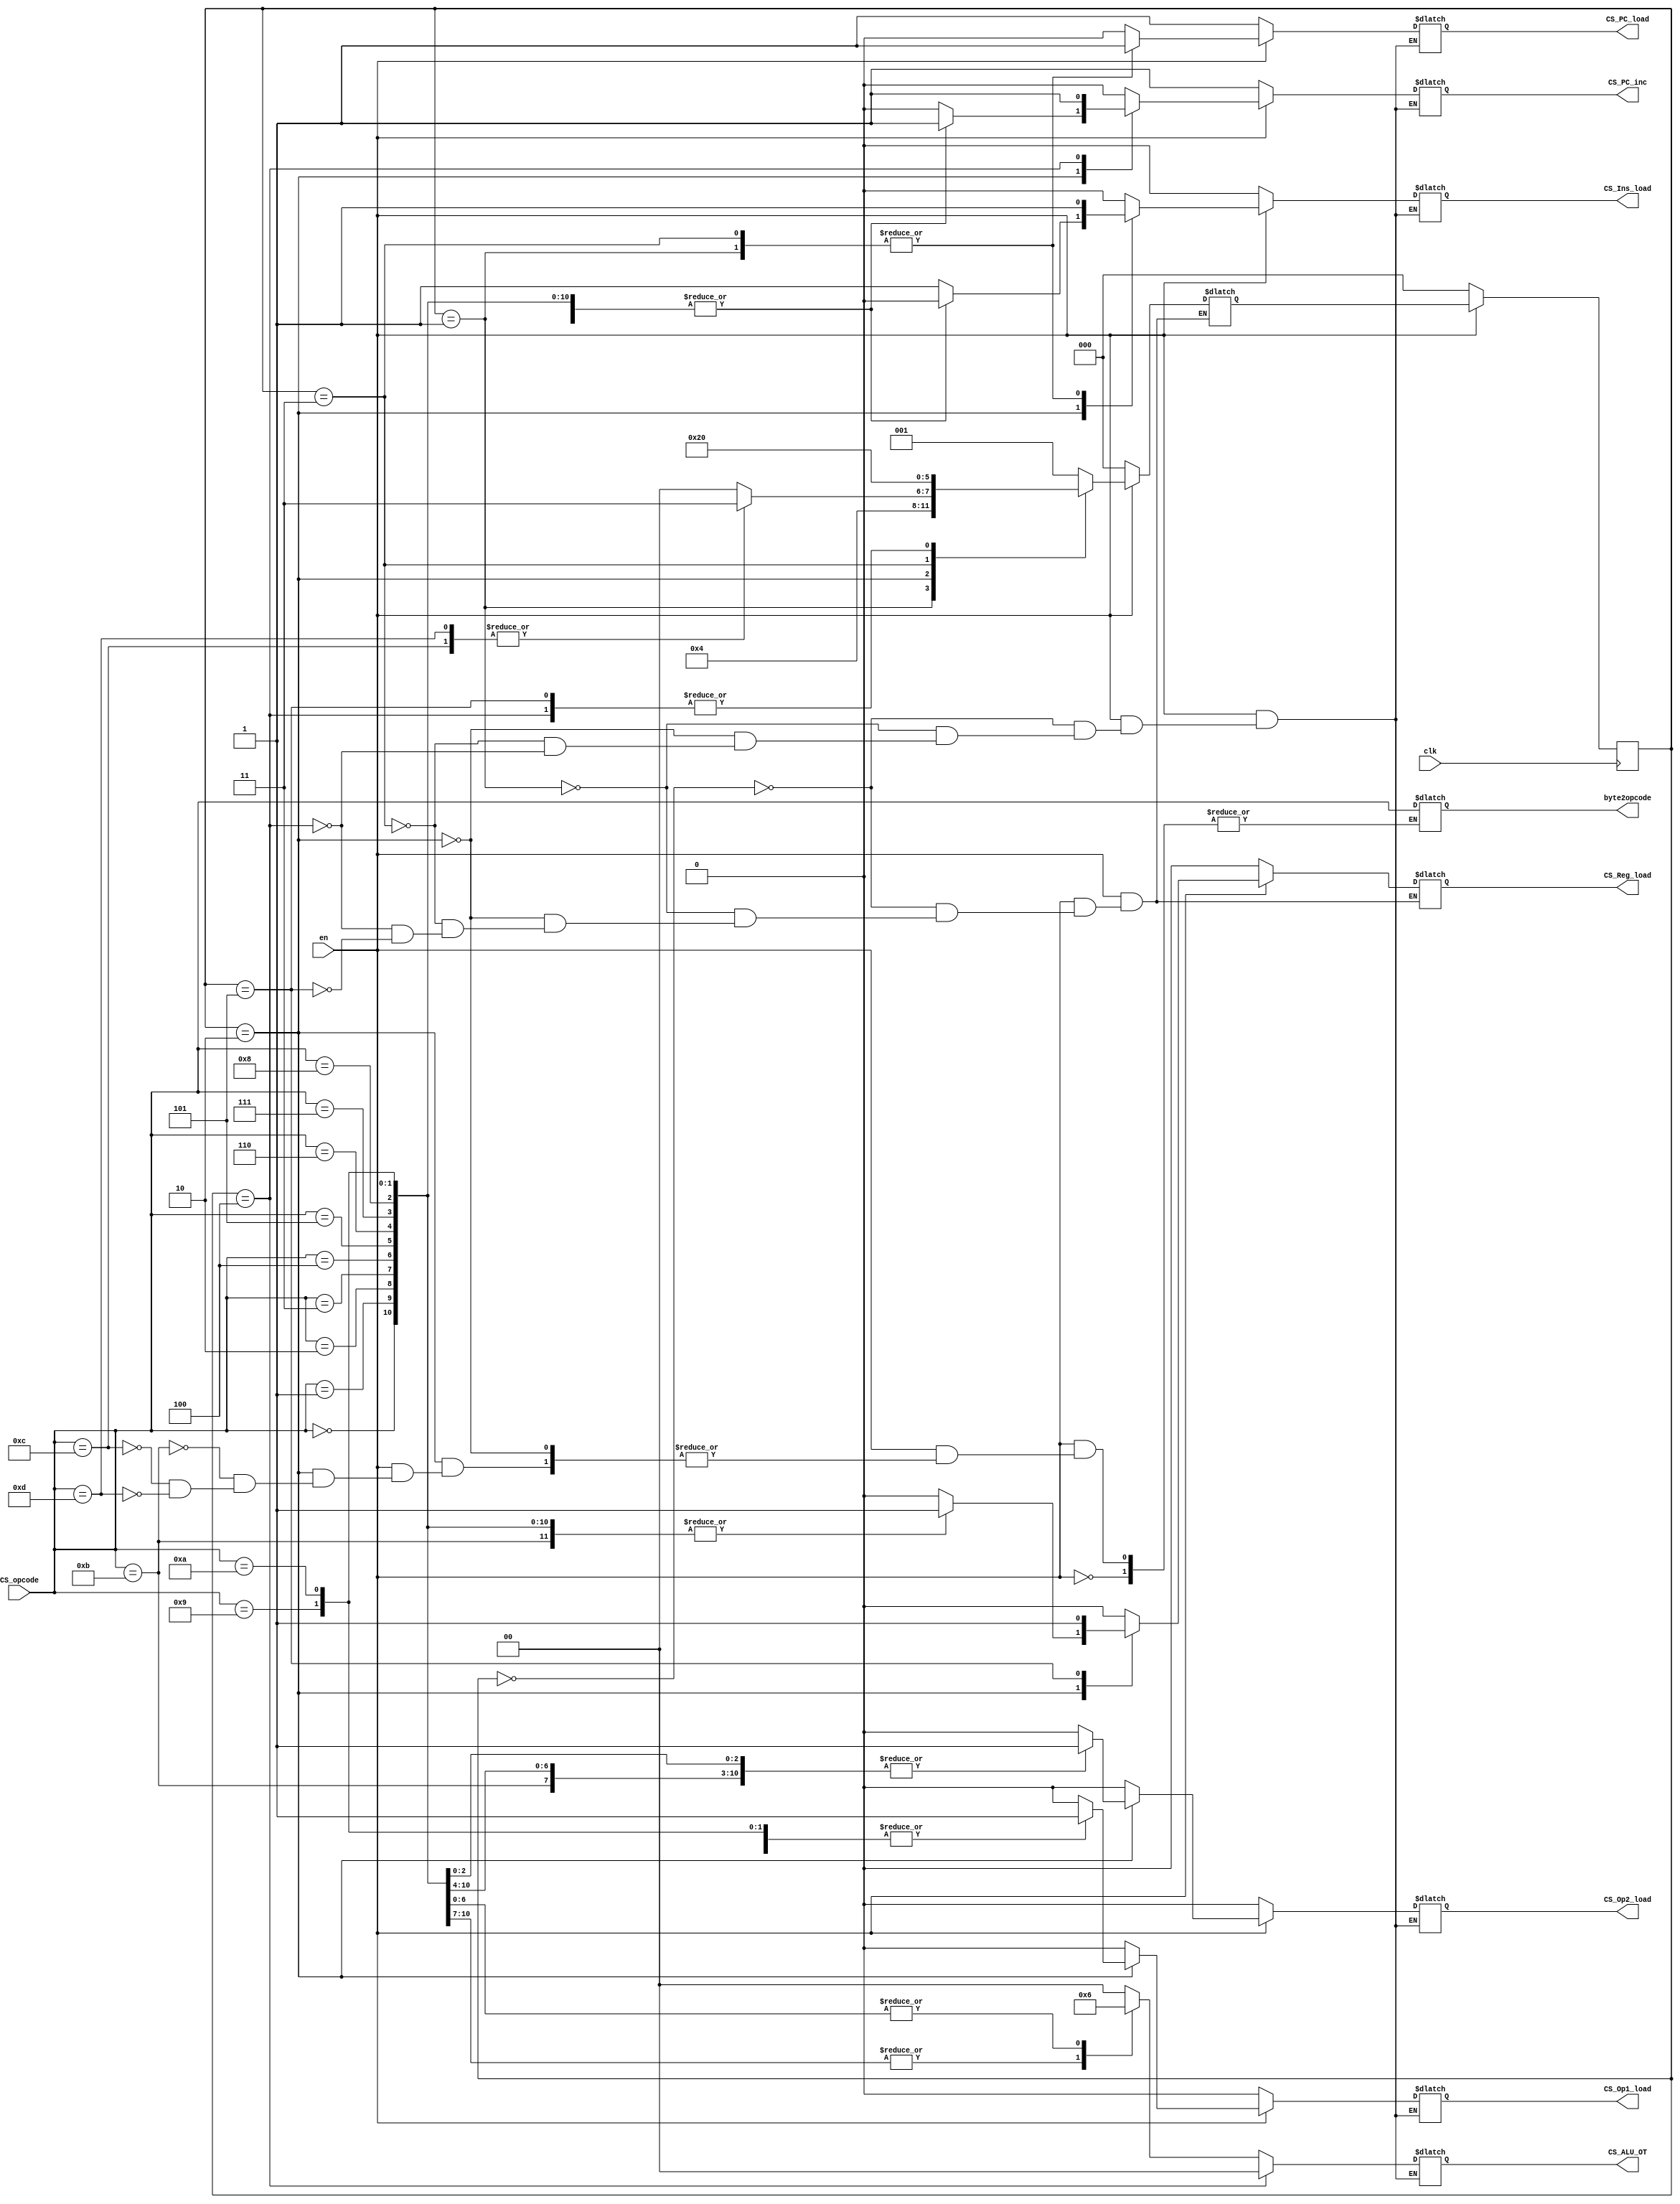
module ControlSignal (
    clk, en, CS_opcode, CS_ALU_OT, CS_Op1_load, CS_Op2_load, CS_PC_load, CS_Reg_load, CS_Ins_load, CS_PC_inc, byte2opcode);


input clk;
input en; //enable the control signal
input [3:0] CS_opcode;
output reg [1:0] CS_ALU_OT; //the ALU mode for picking which mode it will process 
//addressing mode/Arith/Logic
output CS_Ins_load; //Split the instruction set into different meaning
output CS_Op1_load; //load the data from chosen register into operand1
output CS_Op2_load; //load the data from chosen register into operand2
output CS_PC_load; //load the prg counter address into temporary slot
output CS_PC_inc; //increment the prg counter when execute 
output CS_Reg_load; //after processing addressing mode/arith/logic or consider as execute
//load the output data into the register inside the data mem
//Control Signal 
//ALU_OT, Op1_load, Op2_load, PC_load, PC_inc, Reg_load, Ins_load
output reg [3:0] byte2opcode;

reg CS_Ins_load; 
reg CS_Op1_load; 
reg CS_Op2_load; 
reg CS_PC_load; 
reg CS_PC_inc; 
reg CS_Reg_load;


reg [2:0] state;
reg [2:0] next_state ;

parameter reset = 3'b000, load = 3'b001, execute = 3'b010, byte2load = 3'b011, byte2execute = 3'b100, savedata = 3'b101;
always@(posedge clk) begin
    if(en == 0) begin
        state = reset;
    end
    else if (en == 1) begin
        state = next_state;
    end
end

always@(*) begin
    if (en == 0) begin
        CS_ALU_OT = 2'bZZ;
        CS_Ins_load = 0;
        CS_Op1_load = 0;
        CS_Op2_load = 0;
        CS_PC_inc = 1;
        CS_PC_load = 1;
        CS_Reg_load = 0;
        next_state = reset;
    end

    else begin
        case (state)
            reset: begin
                CS_ALU_OT = 2'bZZ;
                CS_Ins_load = 0;
                CS_Op1_load = 0;
                CS_Op2_load = 0;
                CS_PC_inc = 0;
                CS_PC_load = 0;
                CS_Reg_load = 0;
                next_state = load;
            end

            load: begin
                CS_ALU_OT = 2'bZZ;
                CS_Ins_load = 1;
                CS_Op1_load = 0;
                CS_Op2_load = 0;
                CS_PC_inc = 0;
                CS_PC_load = 1;
                CS_Reg_load = 0; 
                next_state = execute;

                //for this CS_Reg_load may need to change later or create 
                //another state to delay it as the instruction only load into for spliting 
                //it may cause a slight delay for the register/mem to receive the value and
                //load into the op1 or op2 or acc
            end

            execute: begin
                case (CS_opcode)
                    //Mode 00 which is addressing mode
                    4'b1011: begin
                    //Opcode 0000 -> normal move
                        CS_ALU_OT = 2'b00;
                        CS_Ins_load = 0;
                        CS_Op1_load = 1; //the op1 module wont run or the op1 variable will receive the value beforehand but wont proceed to any operation 
                        CS_Op2_load = 1;
                        CS_PC_inc = 1;
                        CS_PC_load = 0;
                        CS_Reg_load = 1;
                        //next_state =savedata;
                        byte2opcode = CS_opcode;
                        next_state = reset;
                    end 
                    
                    4'b1100: begin
                    //Opcode 0001 -> MVI
                        CS_ALU_OT = 2'bXX;
                        CS_Ins_load = 0;
                        CS_Op1_load = 1; //since i create an op1_addr at op1 module so i will load it and save the addr into that variable
                        CS_Op2_load = 0;
                        CS_PC_inc = 1;
                        CS_PC_load = 0;
                        CS_Reg_load = 0;
                        byte2opcode = CS_opcode;
                        next_state = byte2load;
                    end

                    4'b1101: begin
                    //Opcode 0010 -> LDA
                    //this operation we already set the accumulator to have a 000 address which mean we no need to load anything on the first pc
                        CS_ALU_OT = 2'bXX;
                        CS_Ins_load = 0;
                        CS_Op1_load = 0; 
                        CS_Op2_load = 0;
                        CS_PC_inc = 1;
                        CS_PC_load = 0;
                        CS_Reg_load = 0;
                        byte2opcode = CS_opcode;
                        next_state = byte2load;
                    end
                    //Mode 01 which is Arithmetric mode
                    4'b0000: begin
                    //Opcode 0000 -> ADD 
                        CS_ALU_OT = 2'b01;
                        CS_Ins_load = 0;
                        CS_Op1_load = 1; 
                        CS_Op2_load = 1;
                        CS_PC_inc = 1;
                        CS_PC_load = 0;
                        CS_Reg_load = 1;
                        //next_state = savedata;
                        next_state = reset;

                    end
                    4'b0001: begin
                    //Opcode 0001 -> MUL 
                        CS_ALU_OT = 2'b01;
                        CS_Ins_load = 0;
                        CS_Op1_load = 1; 
                        CS_Op2_load = 1;
                        CS_PC_inc = 1;
                        CS_PC_load = 0;
                        CS_Reg_load = 1;
                        //next_state = savedata;
                        next_state = reset;

                    end
                    4'b0010: begin
                    //Opcode 0010 -> SUB
                        CS_ALU_OT = 2'b01;
                        CS_Ins_load = 0;
                        CS_Op1_load = 1; 
                        CS_Op2_load = 1;
                        CS_PC_inc = 1;
                        CS_PC_load = 0;
                        CS_Reg_load = 1;
                        //next_state = savedata;
                        next_state = reset;

                    end
                    4'b0011: begin
                    //Opcode 0011 -> DIV
                        CS_ALU_OT = 2'b01;
                        CS_Ins_load = 0;
                        CS_Op1_load = 1; 
                        CS_Op2_load = 1;
                        CS_PC_inc = 1;
                        CS_PC_load = 0;
                        CS_Reg_load = 1;
                        //next_state = savedata;
                        next_state = reset;
                        
                    end
                    //mode 10 which is Logical MOde
                    4'b0100: begin
                    //Opcode 0100 -> AND
                        CS_ALU_OT = 2'b10;
                        CS_Ins_load = 0;
                        CS_Op1_load = 1; 
                        CS_Op2_load = 1;
                        CS_PC_inc = 1;
                        CS_PC_load = 0;
                        CS_Reg_load = 1;
                        //next_state = savedata;
                        next_state = reset;
                        
                    end
                    4'b0101: begin
                    //Opcode 0101 -> OR
                        CS_ALU_OT = 2'b10;
                        CS_Ins_load = 0;
                        CS_Op1_load = 1; 
                        CS_Op2_load = 1;
                        CS_PC_inc = 1;
                        CS_PC_load = 0;
                        CS_Reg_load = 1;
                        //next_state = savedata;
                        next_state = reset;
                        
                    end
                    4'b0110: begin
                    //Opcode 0110 -> NOR
                        CS_ALU_OT = 2'b10;
                        CS_Ins_load = 0;
                        CS_Op1_load = 1; 
                        CS_Op2_load = 1;
                        CS_PC_inc = 1;
                        CS_PC_load = 0;
                        CS_Reg_load = 1;
                        //next_state = savedata;
                        next_state = reset;
                        
                    end
                    4'b0111: begin
                    //Opcode 0111 -> INV(op1)
                        CS_ALU_OT = 2'b10;
                        CS_Ins_load = 0;
                        CS_Op1_load = 1; 
                        CS_Op2_load = 0;
                        CS_PC_inc = 1;
                        CS_PC_load = 0;
                        CS_Reg_load = 1;
                        //next_state = savedata;
                        next_state = reset;
                        
                    end
                    4'b1000: begin
                    //Opcode 1000 -> INV(op2)
                        CS_ALU_OT = 2'b10;
                        CS_Ins_load = 0;
                        CS_Op1_load = 0; 
                        CS_Op2_load = 1;
                        CS_PC_inc = 1;
                        CS_PC_load = 0;
                        CS_Reg_load = 1;
                        //next_state = savedata;
                        next_state = reset;
                        
                    end
                    4'b1001: begin
                    //Opcode 1001 -> XOR
                        CS_ALU_OT = 2'b10;
                        CS_Ins_load = 0;
                        CS_Op1_load = 1; 
                        CS_Op2_load = 1;
                        CS_PC_inc = 1;
                        CS_PC_load = 0;
                        CS_Reg_load = 1;
                        //next_state = savedata;
                        next_state = reset;
                        
                    end
                    4'b1010: begin
                    //Opcode 1010 -> XNOR
                        CS_ALU_OT = 2'b10;
                        CS_Ins_load = 0;
                        CS_Op1_load = 1; 
                        CS_Op2_load = 1;
                        CS_PC_inc = 1;
                        CS_PC_load = 0;
                        CS_Reg_load = 1;
                        //next_state = savedata;
                        next_state = reset;
                        
                    end
                    default:begin
                        CS_ALU_OT = 2'bZZ;
                        CS_Ins_load = 1;
                        CS_Op1_load = 0; 
                        CS_Op2_load = 0;
                        CS_PC_inc = 0;
                        CS_PC_load = 0;
                        CS_Reg_load = 0;
                        next_state = reset;
                        
                    end 

                endcase
            end

            byte2load: begin 
                        CS_ALU_OT = 2'bXX;
                        CS_Ins_load = 1; 
                        CS_Op1_load = 0;
                        CS_Op2_load = 0;
                        CS_PC_inc = 0;
                        CS_PC_load = 1;
                        CS_Reg_load = 0;
                        next_state = byte2execute;
            end

            byte2execute: begin
                     //this will need op2_data as an output
                        CS_ALU_OT = 2'b00;
                        CS_Ins_load = 0; 
                        CS_Op1_load = 0;
                        CS_Op2_load = 0;
                        CS_PC_inc = 1;
                        CS_PC_load = 0;
                        CS_Reg_load = 0;
                        //next_state = savedata;
                        next_state = reset;
                     //this will need the 2-byte instruciton pc and it will be processed on the the InsROM, the pc will be wired to op1_data in Addressing Mode       
            end

            savedata: begin
                CS_Reg_load = 1;
                next_state = reset;
            end
        endcase
    end
end

endmodule